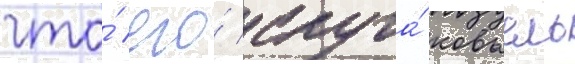
что́ его́ слуга́ ковьель